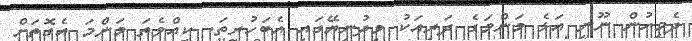
ދެމީހުން ނޫނީ އަޅެ މަންމަގެ ދަރިއަކު މިދުނިޔޭގައި އެބަހުރިތަ. ކީއްވެތަ މަންމަ އެގޮތަށް